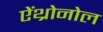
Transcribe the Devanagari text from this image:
ऐंथ्रोनोल